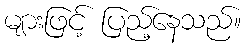
များဖြင့် ပြည့်နေသည်။